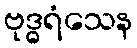
ဗုဒ္ဓရံသေန